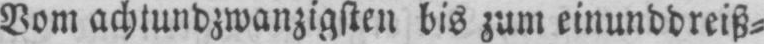
Vom achtundzwanzigsten bis zum einunddreiß⸗